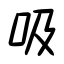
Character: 吸